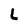
Character: L